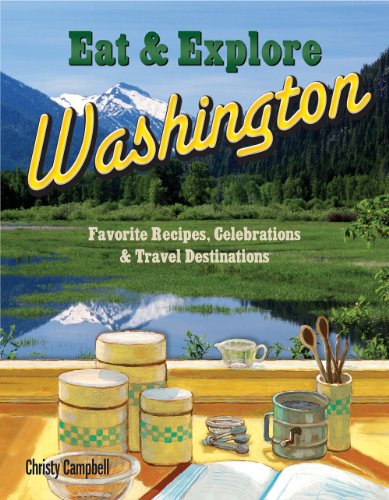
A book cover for Eat & Explore Washington Favorite Recipes, Celebrations and Travel Destinations (Eat & Explore State Cookbooks); Campbell; Cookbooks, Food & Wine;